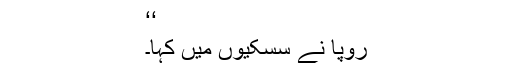
‘‘
رُوپا نے سسکیوں میں کہا۔